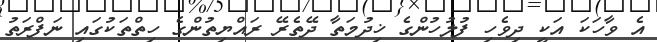
އެ ވާހަކަ އަކީ ދިވެހި ފުލުހުންގެ ޚިދުމަތާ ދޭތެރޭ ރައްޔިތުންގެ ހިތްތަކުގައި ނަފްރަތު